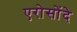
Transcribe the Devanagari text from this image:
एरोसोंदे